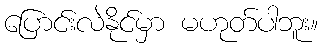
ပြောင်းလဲနိုင်မှာ မဟုတ်ပါဘူး။